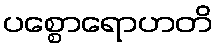
ပစ္စောရောဟတိ